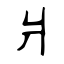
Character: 爿